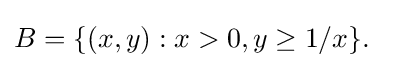
B=\{(x,y):x>0,y\geq 1/x\}.\